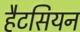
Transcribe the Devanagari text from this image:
हैटसियन